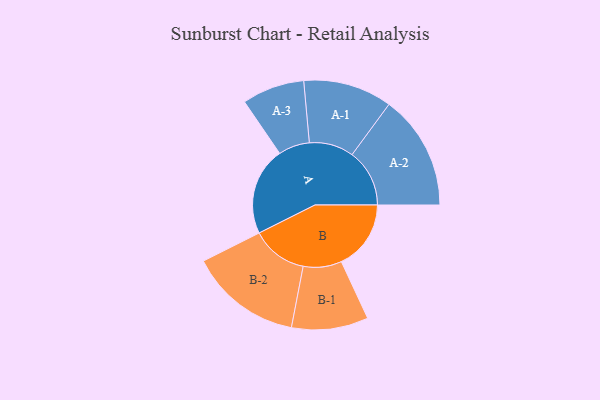
{"axis": {"x": "Segment", "y": "Value"}, "legend": ["", "A", "B"], "data": [{"x": "A", "y": 406, "type": ""}, {"x": "B", "y": 321, "type": ""}, {"x": "A-1", "y": 205, "type": "A"}, {"x": "A-2", "y": 265, "type": "A"}, {"x": "A-3", "y": 144, "type": "A"}, {"x": "B-1", "y": 177, "type": "B"}, {"x": "B-2", "y": 259, "type": "B"}]}